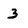
Character: 3